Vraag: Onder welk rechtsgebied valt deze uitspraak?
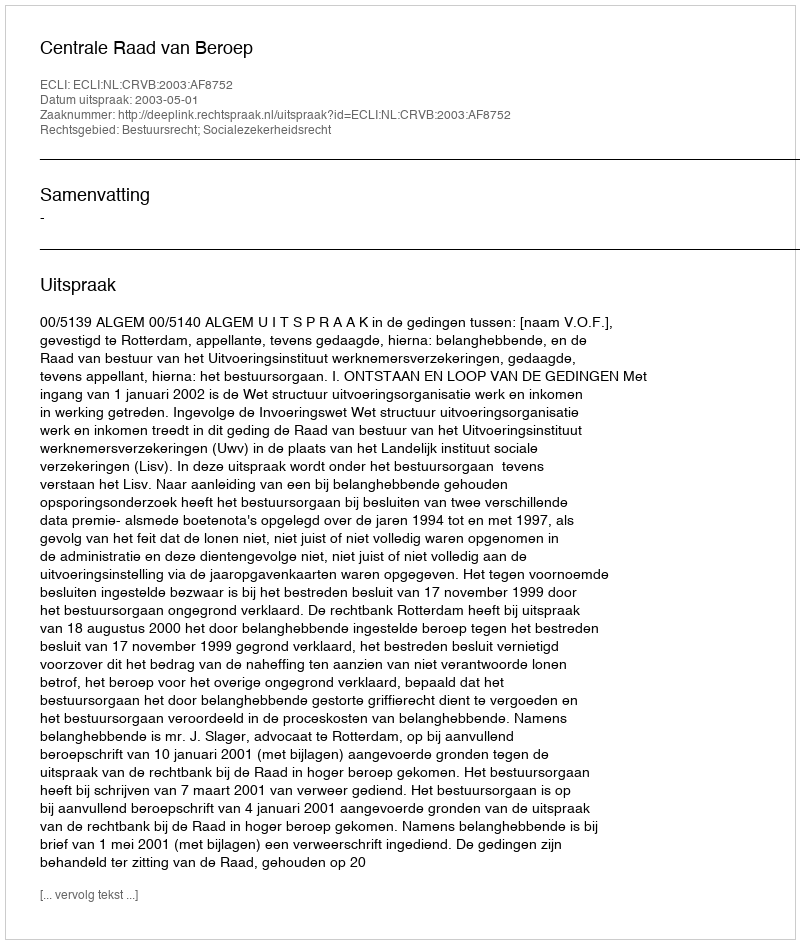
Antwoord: Bestuursrecht; Socialezekerheidsrecht